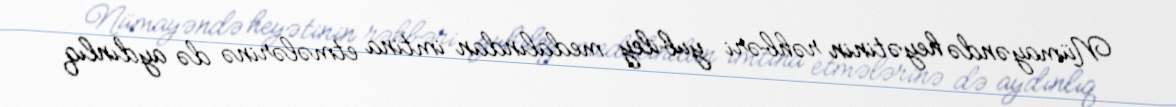
Nümayəndə heyətinin rəhbəri yubiley medalından imtina etmələrinə də aydınlıq